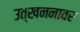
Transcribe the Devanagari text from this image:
उत्खननावर